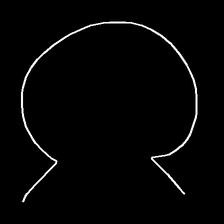
Glyph: weave